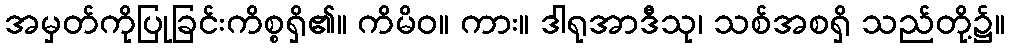
အမှတ်ကိုပြုခြင်းကိစ္စရှိ၏။ ကိမိဝ။ ကား။ ဒါရုအာဒီသု၊ သစ်အစရှိ သည်တို့၌။